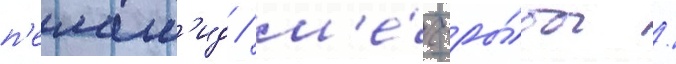
п'елам'ид / м'е́ч-ры́бы /